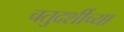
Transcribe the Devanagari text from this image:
चतुदर्शीच्या